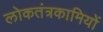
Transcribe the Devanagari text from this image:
लोकतंत्रकामियों